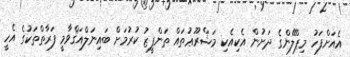
އެއަށްފަހު މިޕްލޭންގެ ދަށުން އެކިއެކި މަޝްރޫޢުތައް ތަންފީޒު ކުރުމަށް ބައިނަލްއަޤްވާމީ ފަރާތްތަކުގެ އެހީ